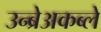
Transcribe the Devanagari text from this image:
उन्ब्रेअकब्ले